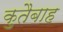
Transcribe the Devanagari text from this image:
क़ुतैबाह